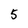
Character: 5